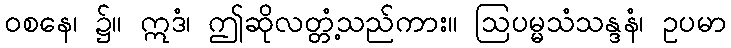
ဝစနေ၊ ၌။ ဣဒံ၊ ဤဆိုလတ္တံ့သည်ကား။ ဩပမ္မသံသန္ဒနံ၊ ဥပမာ